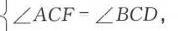
\(\angle ACF - \angle BCD\)